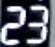
23